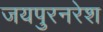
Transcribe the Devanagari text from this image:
जयपुरनरेश